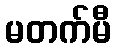
မတက်မီ